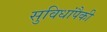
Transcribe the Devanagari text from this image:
सुविधांपैकी